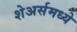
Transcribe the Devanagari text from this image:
शेअर्समध्ये